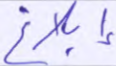
إبلاغ